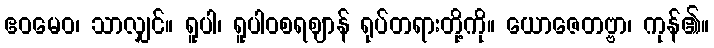
ဧဝမေဝ၊ သာလျှင်။ ရူပါ၊ ရူပါဝစရဈာန် ရုပ်တရားတို့ကို။ ယောဇေတဗ္ဗာ၊ ကုန်၏။